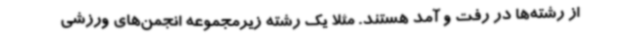
از رشته‌ها در رفت و آمد هستند. مثلاً یک رشته زیرمجموعه انجمن‌های ورزشی